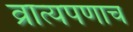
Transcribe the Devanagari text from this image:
व्रात्यपणाच